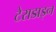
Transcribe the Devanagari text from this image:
टेराडाइन